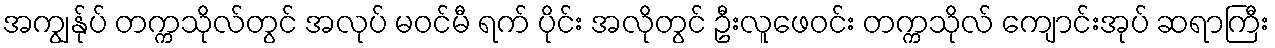
အကျွန်ုပ် တက္ကသိုလ်တွင် အလုပ် မဝင်မီ ရက် ပိုင်း အလိုတွင် ဦးလူဖေဝင်း တက္ကသိုလ် ကျောင်းအုပ် ဆရာကြီး